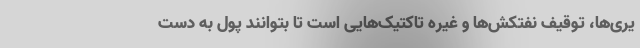
یری‌ها، توقیف نفتکش‌ها و غیره تاکتیک‌هایی است تا بتوانند پول به دست